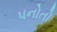
પનોતો